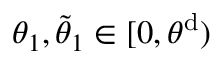
\theta _ { 1 } , \tilde { \theta } _ { 1 } \in [ 0 , \theta ^ { \mathrm { d } } )